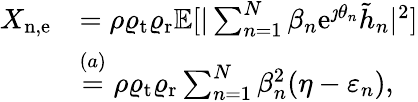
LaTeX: \begin{array}{rl}{{X}_{\mathrm{n,e}}}&{=\rho\varrho_{\mathrm{t}}\varrho_{\mathrm{r}}\mathbb{E}[|\sum_{n=1}^{N}\beta_{n}\mathrm{e}^{\jmath\theta_{n}}\tilde{h}_{n}|^{2}]}\\ &{\overset{(a)}{=}\rho\varrho_{\mathrm{t}}\varrho_{\mathrm{r}}\sum_{n=1}^{N}\beta_{n}^{2}(\eta-\varepsilon_{n}),}\end{array}